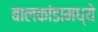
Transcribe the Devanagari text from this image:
बालकांडामध्ये